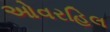
ઓવરહિલ